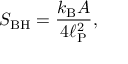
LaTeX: S _ { \mathrm { B H } } = { \frac { k _ { \mathrm { B } } A } { 4 \ell _ { \mathrm { P } } ^ { 2 } } } ,